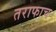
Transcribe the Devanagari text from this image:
तराफाच